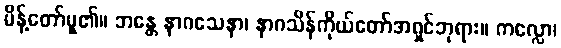
မိန့်တော်မူ၏။ ဘန္တေ နာဂသေနာ၊ နာဂသိန်ကိုယ်တော်အရှင်ဘုရား။ ကလ္လော၊